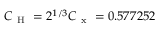
C _ { \mathrm { ~ H ~ } } = 2 ^ { 1 / 3 } C _ { \mathrm { ~ x ~ } } = 0 . 5 7 7 2 5 2